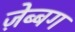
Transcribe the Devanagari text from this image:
ज़ेब्बग